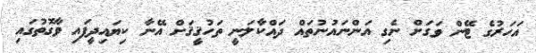
އަހަރުގެ ޓޭން ވަގަށް ނެގި އަންނައުނުތައް ދައްކާލަނީ ތަހުޤީޤަށް އޭނާ ކިޔައިދީފައި ވާގޮތުގައި